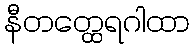
နီတတ္ထေရဂါထာ